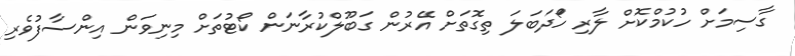
ގާސިމަށް ހުކުމްކޮށް ލާރި ހަޯދަބަލަ ތިގޮތަށް އޭރުން ގަބޫލްކުރާނަން ކޯޓުތަށް މިނިވަން އިންސާފުވެރި